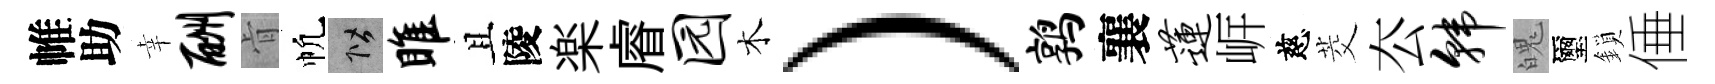
帷助幸酬肻帆階雎且陵楽𥈠园木）鹑襄莲㟁慈茭厺韩魄璽鎖倕